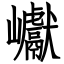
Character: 巘